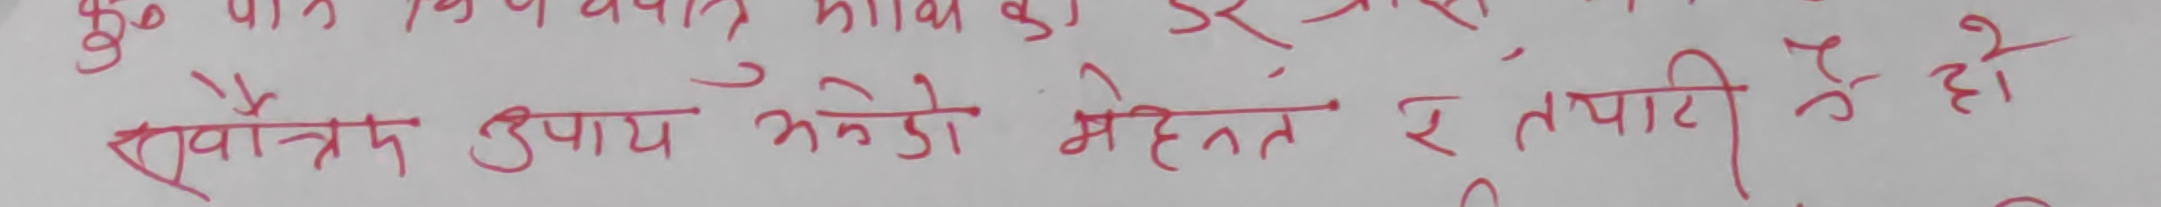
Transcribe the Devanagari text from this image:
स्वैच्छिक उपाय भनेको मेहेनत र तत्परता हो ।